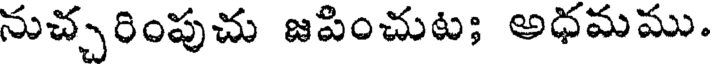
నుచ్చరింపుచు జపించుట; అధమము.